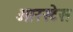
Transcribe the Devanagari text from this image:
ओरस्टेस